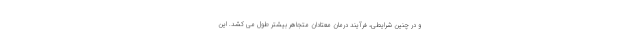
و در چنین شرایطی، فرآیند درمان معتادان متجاهر بیشتر طول می کشد. این